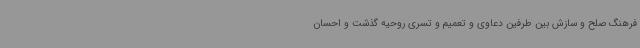
فرهنگ صلح و سازش بین طرفین دعاوی و تعمیم و تسری روحیه گذشت و احسان